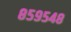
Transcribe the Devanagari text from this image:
८५९५४८